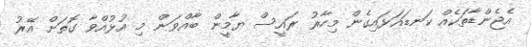
އެޖެންޑާތަކެއް ކަނޑައަޅައިގެން މިހާރު ރައީސް ޔާމީން ބާއްވަން މި އުޅުއްވާ ގޮތަށް އޭރު